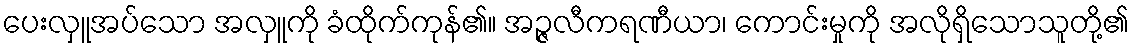
ပေးလှူအပ်သော အလှူကို ခံထိုက်ကုန်၏။ အဉ္ဇလီကရဏီယာ၊ ကောင်းမှုကို အလိုရှိသောသူတို့၏